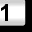
Digit: 1